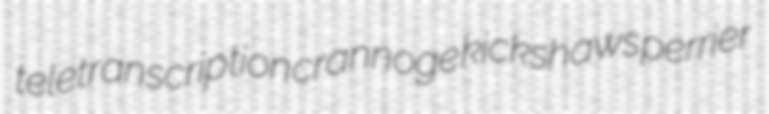
teletranscription crannoge kickshaws perrier